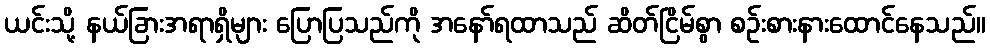
ယင်းသို့ နယ်ခြားအရာရှိများ ပြောပြသည်ကို အနော်ရထာသည် ဆိတ်ငြိမ်စွာ စဉ်းစားနားထောင်နေသည်။